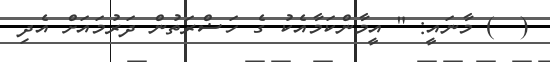
(  ) މާނައީ: " އީމާންކަމާއެކު ގެ ހަޟްރަތުން ދަރުމައަށް އެދި